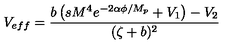
V _ { e f f } = \frac { b \left( s M ^ { 4 } e ^ { - 2 \alpha \phi / M _ { p } } + V _ { 1 } \right) - V _ { 2 } } { ( \zeta + b ) ^ { 2 } }